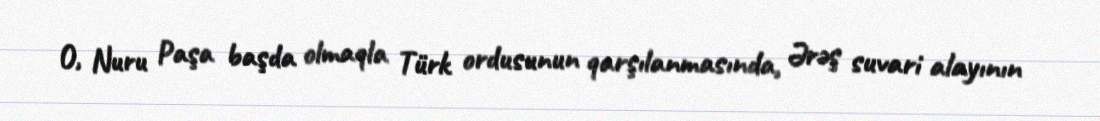
O, Nuru Paşa başda olmaqla Türk ordusunun qarşılanmasında, Ərəş suvari alayının